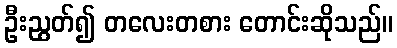
ဦးညွတ်၍ တလေးတစား တောင်းဆိုသည်။